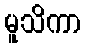
မူသိကာ